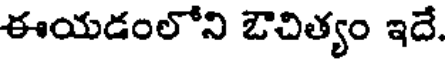
ఈయడంలోని ఔచిత్యం ఇదే.